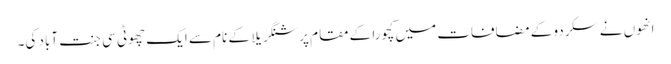
انھوں نے سکردو کے مضافات میں کچورا کے مقام پر شنگریلا کے نام سے ایک چھوٹی سی جنت آباد کی۔